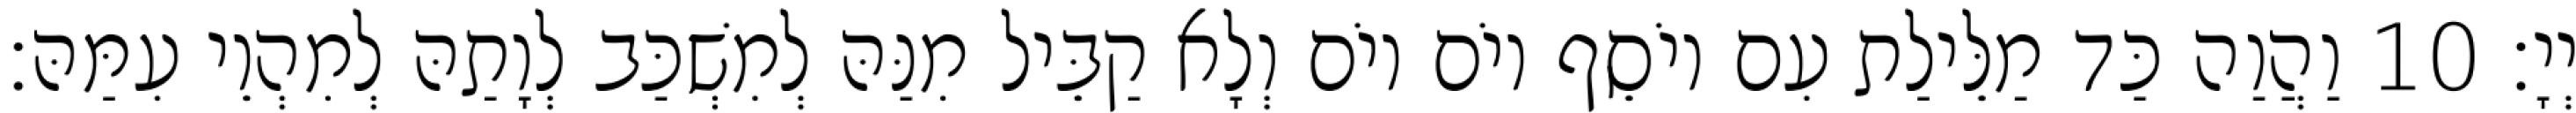
יְיָ׃ 10 וַהֲוַה כַּד מַלֵּילַת עִם יוֹסֵף יוֹם יוֹם וְלָא קַבֵּיל מִנַּהּ לְמִשְׁכַּב לְוָתַהּ לְמִהְוֵי עִמַּהּ׃